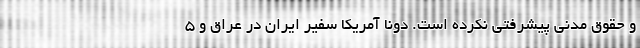
و حقوق مدنی پیشرفتی نکرده است. دونا آمریکا سفیر ایران در عراق و 5